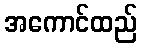
အကောင်ထည်